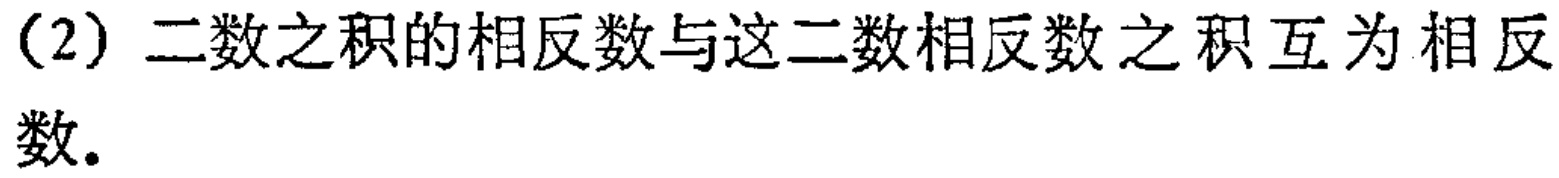
（2）二数之积的相反数与这二数相反数之积互为相反数。